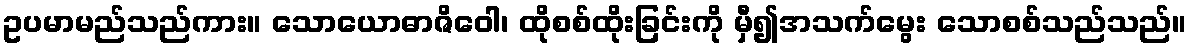
ဥပမာမည်သည်ကား။ သောယောဓာဇိဝေါ၊ ထိုစစ်ထိုးခြင်းကို မှီ၍အသက်မွေး သောစစ်သည်သည်။